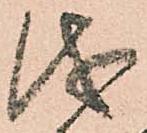
儀